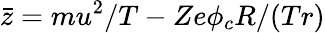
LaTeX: \bar{z}=m{u}^{2}/T-Ze\phi_{c}R/(Tr)